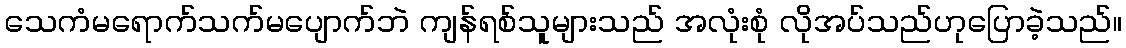
သေကံမရောက်သက်မပျောက်ဘဲ ကျန်ရစ်သူများသည် အလုံးစုံ လိုအပ်သည်ဟုပြောခဲ့သည်။